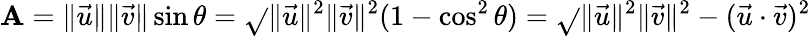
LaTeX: \mathbf{A}=\| {\vec{{u}}}\| \| {\vec{{v}}}\| \sin\theta={\sqrt{}{{\| {\vec{{u}}}\| ^{2}\| {\vec{{v}}}\| ^{2}(1-\cos^{2}\theta)}}}={\sqrt{}{{\| {\vec{{u}}}\| ^{2}\| {\vec{{v}}}\| ^{2}-({\vec{{u}}}\cdot{\vec{{v}}})^{2}}}}